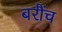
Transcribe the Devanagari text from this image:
बरौंच